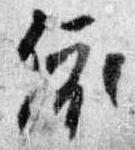
依